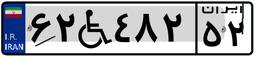
۸۴W۳۸۶۰۵